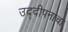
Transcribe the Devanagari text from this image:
उद्दीपनाचा